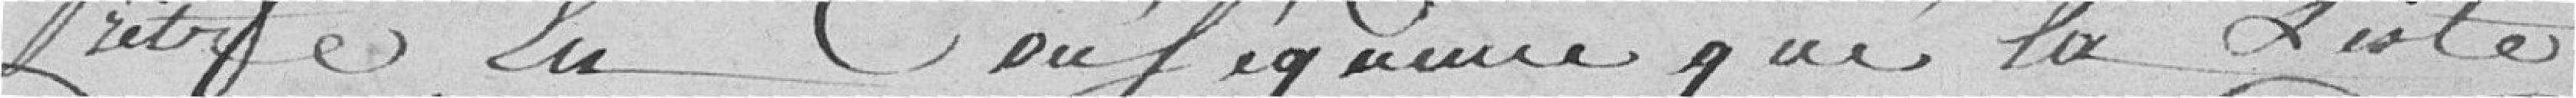
Prêtre en Conséquence que la liste